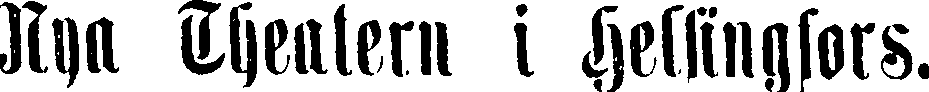
Nya Theatern i Helsingfors.